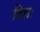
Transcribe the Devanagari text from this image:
दिशः